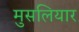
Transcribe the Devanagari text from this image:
मुसलियार